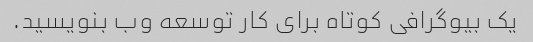
یک بیوگرافی کوتاه برای کار توسعه وب بنویسید.